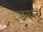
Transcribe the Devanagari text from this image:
डबलू